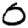
Digit: 0